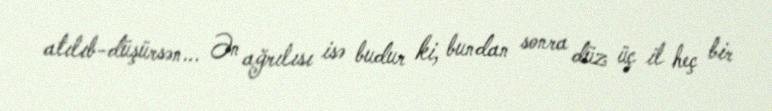
atılıb-düşürsən... Ən ağrılısı isə budur ki, bundan sonra düz üç il heç bir